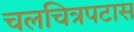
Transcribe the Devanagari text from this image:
चलचित्रपटास